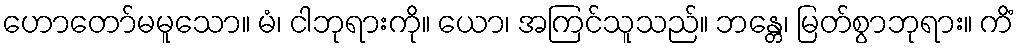
ဟောတော်မမူသော။ မံ၊ ငါဘုရားကို။ ယော၊ အကြင်သူသည်။ ဘန္တေ၊ မြတ်စွာဘုရား။ ကိံ